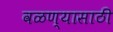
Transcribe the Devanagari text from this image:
वळण्यासाठी